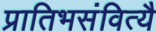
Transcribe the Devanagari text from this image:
प्रातिभसंवित्यै